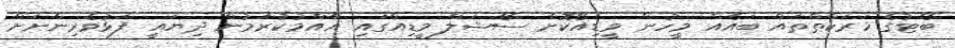
ބޯޓުގެ ހަރަކާތްތައް ބައެއް މީހުން ވީޑިއޯކޮށް ސޯޝަލް މީޑިއާގައި އާއްމުކުރަމުން ދިޔައީ ފަޅުވެރިންނަށް